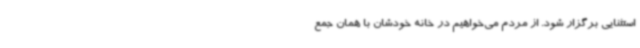
استثنایی برگزار شود. از مردم می‌خواهیم در خانه خودشان با همان جمع